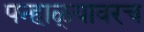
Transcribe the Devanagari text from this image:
पन्हाळ्यावरच